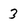
Character: 3